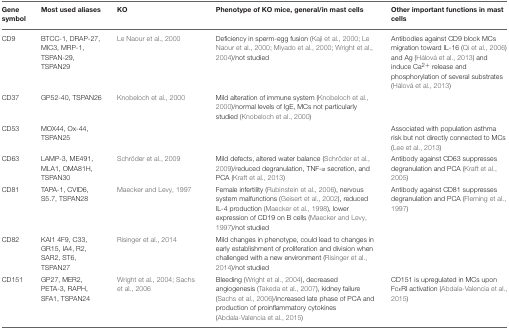
<table><thead><tr><td><b>Gene symbol</b></td><td><b>Most used aliases</b></td><td><b>KO</b></td><td><b>Phenotype of KO mice, general/in mast cells</b></td><td><b>Other important functions in mast cells</b></td></tr></thead><tbody><tr><td>CD9</td><td>BTCC-1, DRAP-27, MIC3, MRP-1, TSPAN-29, TSPAN29</td><td>Le Naour et al., 2000</td><td>Deficiency in sperm-egg fusion (Kaji et al., 2000; Le Naour et al., 2000; Miyado et al., 2000; Wright et al., 2004)/not studied</td><td>Antibodies against CD9 block MCs migration toward IL-16 (Qi et al., 2006) and Ag (Hálová et al., 2013) and induce Ca<sup>2+</sup> release and phosphorylation of several substrates (Hálová et al., 2013)</td></tr><tr><td>CD37</td><td>GP52-40, TSPAN26</td><td>Knobeloch et al., 2000</td><td>Mild alteration of immune system (Knobeloch et al., 2000)/normal levels of IgE, MCs not particularly studied (Knobeloch et al., 2000)</td><td></td></tr><tr><td>CD53</td><td>MOX44, Ox-44, TSPAN25</td><td></td><td></td><td>Associated with population asthma risk but not directly connected to MCs (Lee et al., 2013)</td></tr><tr><td>CD63</td><td>LAMP-3, ME491, MLA1, OMA81H, TSPAN30</td><td>Schröder et al., 2009</td><td>Mild defects, altered water balance (Schröder et al., 2009)/reduced degranulation, TNF-α secretion, and PCA (Kraft et al., 2013)</td><td>Antibody against CD63 suppresses degranulation and PCA (Kraft et al., 2005)</td></tr><tr><td>CD81</td><td>TAPA-1, CVID6, S5.7, TSPAN28</td><td>Maecker and Levy, 1997</td><td>Female infertility (Rubinstein et al., 2006), nervous system malfunctions (Geisert et al., 2002), reduced IL-4 production (Maecker et al., 1998), lower expression of CD19 on B cells (Maecker and Levy, 1997)/not studied</td><td>Antibody against CD81 suppresses degranulation and PCA (Fleming et al., 1997)</td></tr><tr><td>CD82</td><td>KAI1 4F9, C33, GR15, IA4, R2, SAR2, ST6, TSPAN27</td><td>Risinger et al., 2014</td><td>Mild changes in phenotype, could lead to changes in early establishment of proliferation and division when challenged with a new environment (Risinger et al., 2014)/not studied</td><td></td></tr><tr><td>CD151</td><td>GP27, MER2, PETA-3, RAPH, SFA1, TSPAN24</td><td>Wright et al., 2004; Sachs et al., 2006</td><td>Bleeding (Wright et al., 2004), decreased angiogenesis (Takeda et al., 2007), kidney failure (Sachs et al., 2006)/increased late phase of PCA and production of proinflammatory cytokines (Abdala-Valencia et al., 2015)</td><td>CD151 is upregulated in MCs upon FcεRI activation (Abdala-Valencia et al., 2015)</td></tr></tbody></table>